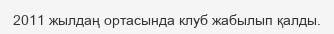
2011 жылдаң ортасында клуб жабылып қалды.